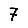
Digit: 7